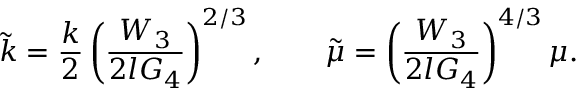
\tilde { k } = \frac { k } { 2 } \left( \frac { W _ { 3 } } { 2 l G _ { 4 } } \right) ^ { 2 / 3 } , \qquad \tilde { \mu } = \left( \frac { W _ { 3 } } { 2 l G _ { 4 } } \right) ^ { 4 / 3 } \mu .